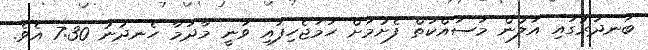
ބަނދަރުގައި އަލުން މަސައްކަތް ފެށުމަށް ހަމަޖެހިފައި ވަނީ މާދަމާ ހެނދުނު 7:30 އެވެ.